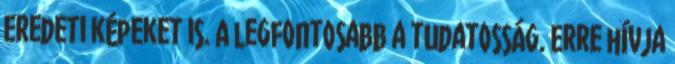
eredeti képeket is. A legfontosabb a tudatosság. Erre hívja